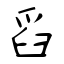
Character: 舀